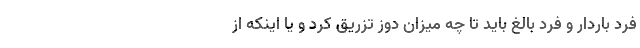
فرد باردار و فرد بالغ باید تا چه میزان دوز تزریق کرد و یا اینکه از